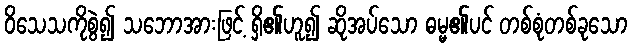
ဝိသေသကိုစွဲ၍ သဘောအားဖြင့် ရှိ၏ဟူ၍ ဆိုအပ်သော ဓမ္မ၏ပင် တစ်စုံတစ်ခုသော